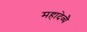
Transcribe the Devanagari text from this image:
महादेव्यै